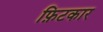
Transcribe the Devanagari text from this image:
फ़िटकार